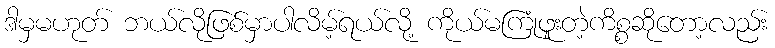
ဒါမှမဟုတ် ဘယ်လိုဖြစ်မှာပါလိမ့်ရယ်လို့ ကိုယ်မကြုံဖူးတဲ့ကိစ္စဆိုတော့လည်း